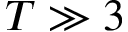
T \gg 3